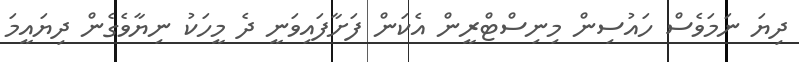
ދިޔަ ނަމަވެސް ހައުސިން މިނިސްޓްރީން އެކަން ފަށާފައިވަނީ ދެ މީހަކު ނިޔާވެގެން ދިޔައީމަ